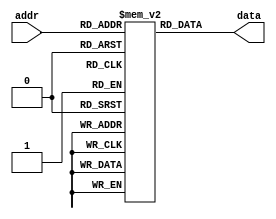
module memory (data, addr) ;
	input[3:0] addr ;
	output reg [7:0] data ;
	
	integer i ;
	
	reg[7:0] mem [15:0] ;
	initial begin
		mem[0] = 8'hCC ;
		mem[1] = 8'hAA ;
		mem[2] = 8'hCC ;
		mem[3] = 8'hAA ;
		mem[4] = 8'hCC ;
		mem[5] = 8'hAA ;
		mem[6] = 8'hCC ;
		mem[7] = 8'hAA ;
		mem[8] = 8'hCC ;
		mem[9] = 8'hAA ;
		mem[10] = 8'hCC ;
		mem[11] = 8'hAA ;
		mem[12] = 8'hCC ;
		mem[13] = 8'hAA ;
		mem[14] = 8'hCC ;
		mem[15] = 8'hAA ;
	end
	
	always @(addr) begin
		i = addr ;
		data = mem[i] ;
	end
endmodule